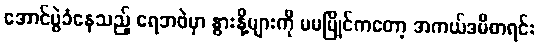
အောင်ပွဲခံနေသည့် ရေဘဝဲမှာ နွားနို့များကို မမမြိုင်ကတော့ အကယ်ဒမီစာရင်း